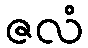
ဇလံ